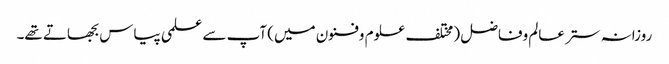
روزانہ ستر عالم وفاضل (مختلف علوم وفنون میں) آپ سے علمی پیاس بجھاتے تھے۔